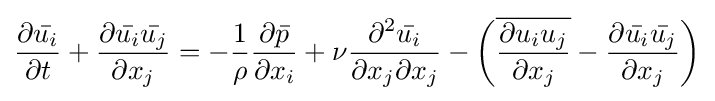
{\frac {\partial {\bar {u_{i}}}}{\partial t}}+{\frac {\partial {\bar {u_{i}}}{\bar {u_{j}}}}{\partial x_{j}}}=-{\frac {1}{\rho }}{\frac {\partial {\bar {p}}}{\partial x_{i}}}+\nu {\frac {\partial ^{2}{\bar {u_{i}}}}{\partial x_{j}\partial x_{j}}}-\left({\overline {\frac {\partial u_{i}u_{j}}{\partial x_{j}}}}-{\frac {\partial {\bar {u_{i}}}{\bar {u_{j}}}}{\partial x_{j}}}\right)